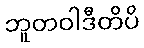
ဘူတဝါဒီတိပိ